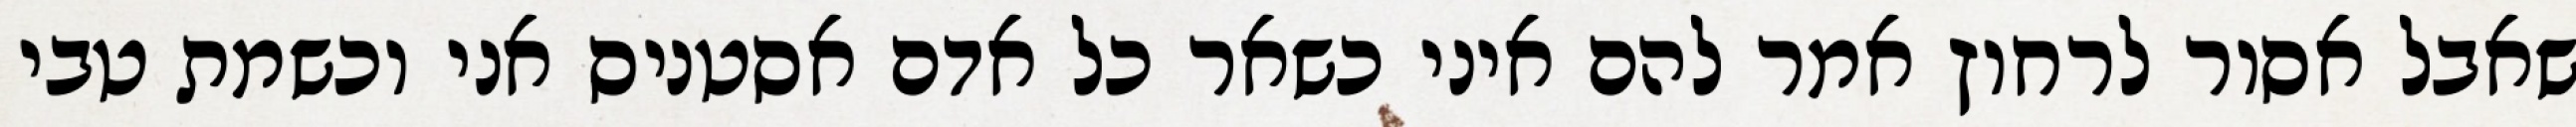
שאבל אסור לרחוץ אמר להם איני כשאר כל אדם אסטניס אני וכשמת טבי